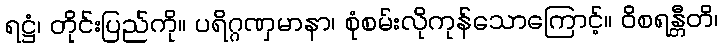
ရဋ္ဌံ၊ တိုင်းပြည်ကို။ ပရိဂ္ဂဏှမာနာ၊ စုံစမ်းလိုကုန်သောကြောင့်။ ဝိစရန္တီတိ၊